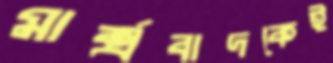
মার্ক্সবাদকেই